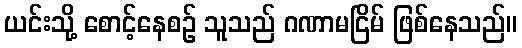
ယင်းသို့ စောင့်နေစဉ် သူသည် ဂဏာမငြိမ် ဖြစ်နေသည်။